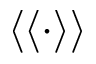
\langle \langle \cdot \rangle \rangle